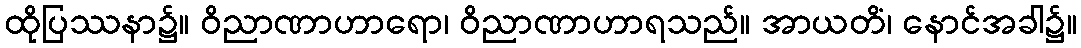
ထိုပြဿနာ၌။ ဝိညာဏာဟာရော၊ ဝိညာဏာဟာရသည်။ အာယတိံ၊ နောင်အခါ၌။